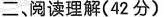
二阅读理解(42分)